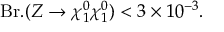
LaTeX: \mathrm { B r } . ( Z \rightarrow \chi _ { 1 } ^ { 0 } \chi _ { 1 } ^ { 0 } ) < 3 \times 1 0 ^ { - 3 } .